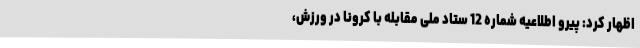
اظهار کرد: پیرو اطلاعیه شماره 12 ستاد ملی مقابله با کرونا در ورزش،